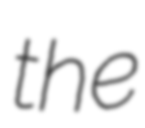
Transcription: the